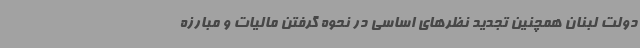
دولت لبنان همچنین تجدید نظرهای اساسی در نحوه گرفتن مالیات و مبارزه